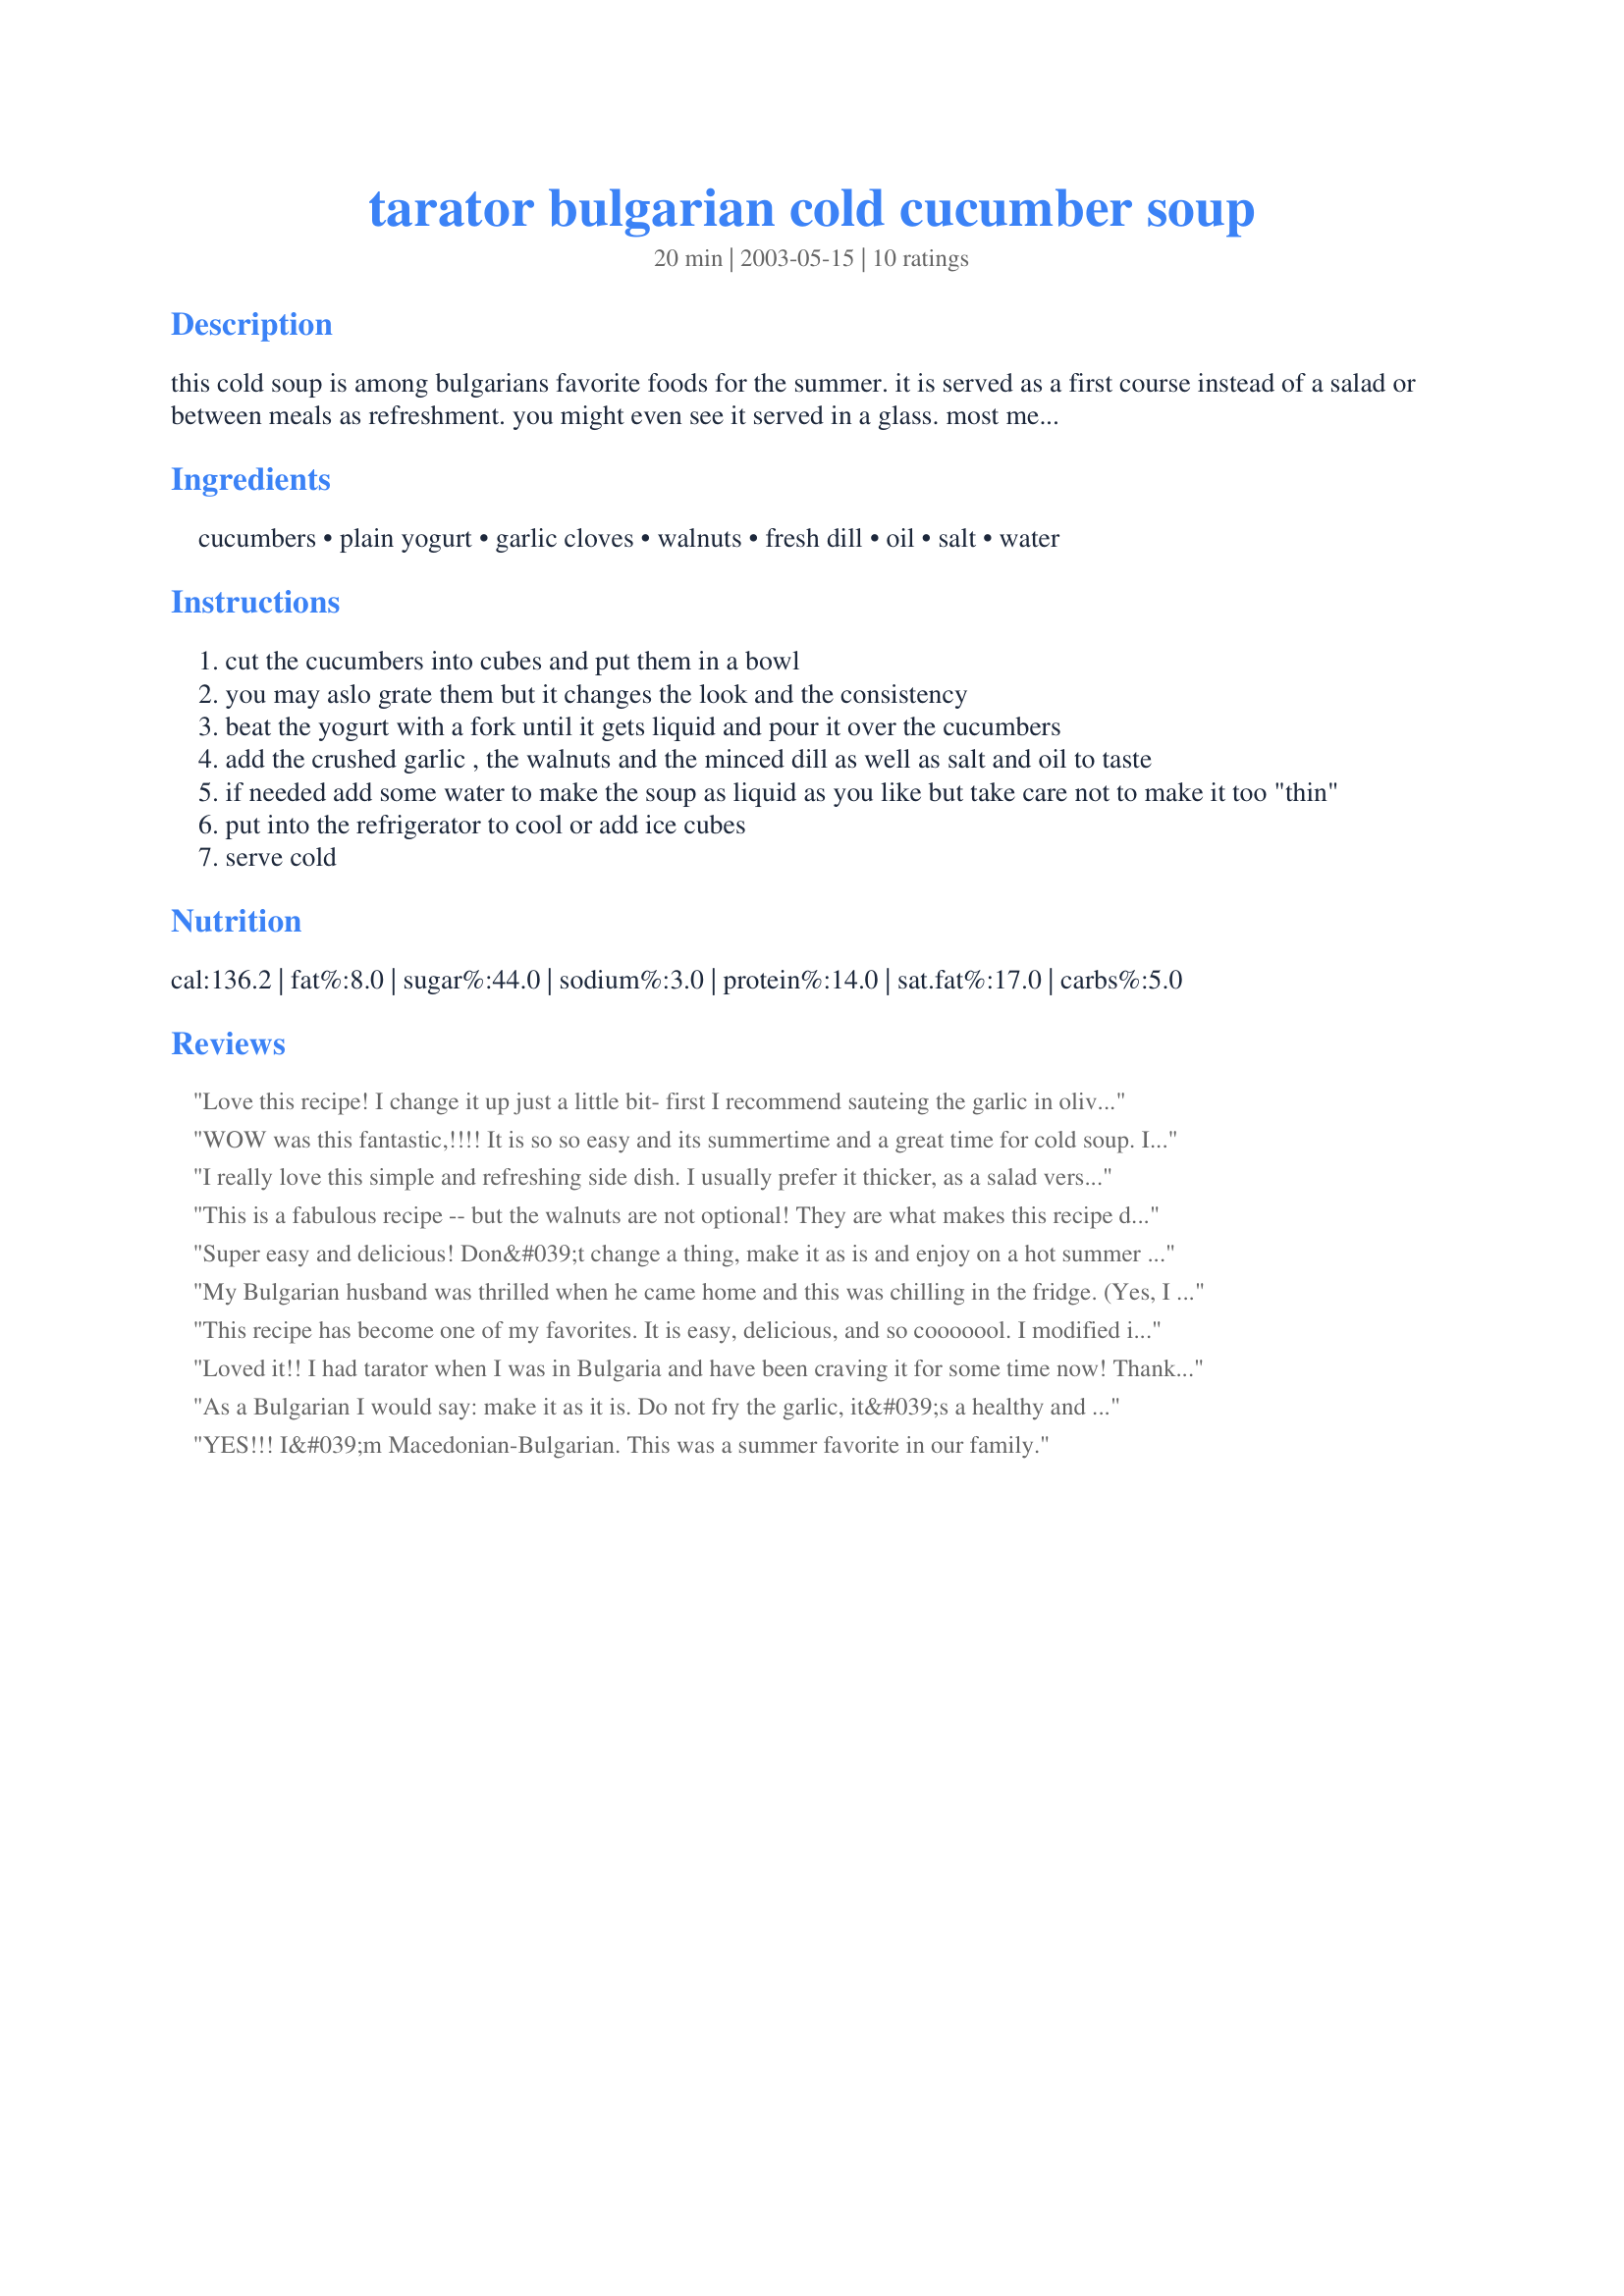
tarator bulgarian cold cucumber soup
Preparation time: 20 minutes

this cold soup is among bulgarians favorite foods for the summer. it is served as a first course instead of a salad or between meals as refreshment. you might even see it served in a glass. most men here say it goes great with a glass of cold rakiya (bulgarian grape or fruit brandy) or ouzo.

Ingredients:
cucumbers, plain yogurt, garlic cloves, walnuts, fresh dill, oil, salt, water

Steps:
cut the cucumbers into cubes and put them in a bowl
you may aslo grate them but it changes the look and the consistency
beat the yogurt with a fork until it gets liquid and pour it over the cucumbers
add the crushed garlic , the walnuts and the minced dill as well as salt and oil to taste
if needed add some water to make the soup as liquid as you like but take care not to make it too "thin"
put into the refrigerator to cool or add ice cubes
serve cold

Reviews:
Love this recipe! I change it up just a little bit- first I recommend sauteing the garlic in olive oil, which eliminates that intense raw garlic flavor. I also make it in a food processor to even out the consistency, and add a serrano pepper to give it some spice. Enjoy!!
WOW was this fantastic,!!!! It is so so easy and its summertime and a great time for cold soup. I would give it 10 stars if I could. ONE IMPORTANT CAVEAT. Eat it the day you make it. The seasoning will overwhelm it to something you will not want
I really love this simple and refreshing side dish. I usually prefer it thicker, as a salad versus a soup. I recommend eating it immediately upon preparing it because I find the garlic flavor becomes too strong by the next day. I guess an alternative to this would be to soak the cucumbers and sliced garlic in salt water or several hours (like a wilted cucumber salad) then drain thoroughly, toss out the garlic and then add the yogurt, dill and walnuts. Just a thought to make leftovers less "leftover" :-)
This is a fabulous recipe -- but the walnuts are not optional! They are what makes this recipe different and special. Also, I put the whole business in a food processor and make a smooth soup. Garnish with a little chopped chive, dill, cucumber, or tomato. Fabulous.
Super easy and delicious! Don&#039;t change a thing, make it as is and enjoy on a hot summer day.
My Bulgarian husband was thrilled when he came home and this was chilling in the fridge. (Yes, I actually served it with Rakiya, too!) Toasted almonds can also be used in lieu of walnuts. Either way, AWESOME!
This recipe has become one of my favorites. It is easy, delicious, and so cooooool.
I modified it by blending the cucumbers, as I am not a chunky-type soup eater. Also I use it as a drink, carry it in a thermos, or drink it from a soup cup. I usually don't carry a spoon with me.
At home I leave some chunks of cukes and decorate with additional chopped dill, which I love. This is a winner and a keeper.
Loved it!! I had tarator when I was in Bulgaria and have been craving it for some time now! Thanks for the recipe!! Didn't have any fresh dill so I just used some thym , still worked out great
As a Bulgarian I would say: make it as it is. Do not fry the garlic, it&#039;s a healthy and delish recipe why ruin it, and do not blend it. But, that&#039;s just me. It is my all time favorite soup. Well done, Nelke.
YES!!! I&#039;m Macedonian-Bulgarian. This was a summer favorite in our family.
